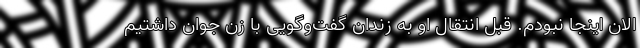
الان اینجا نبودم. قبل انتقال او به زندان گفت‌و‌گویی با زن جوان داشتیم